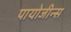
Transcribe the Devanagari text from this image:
पायोजीन्स